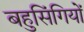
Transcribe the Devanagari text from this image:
बहुसिंगियों